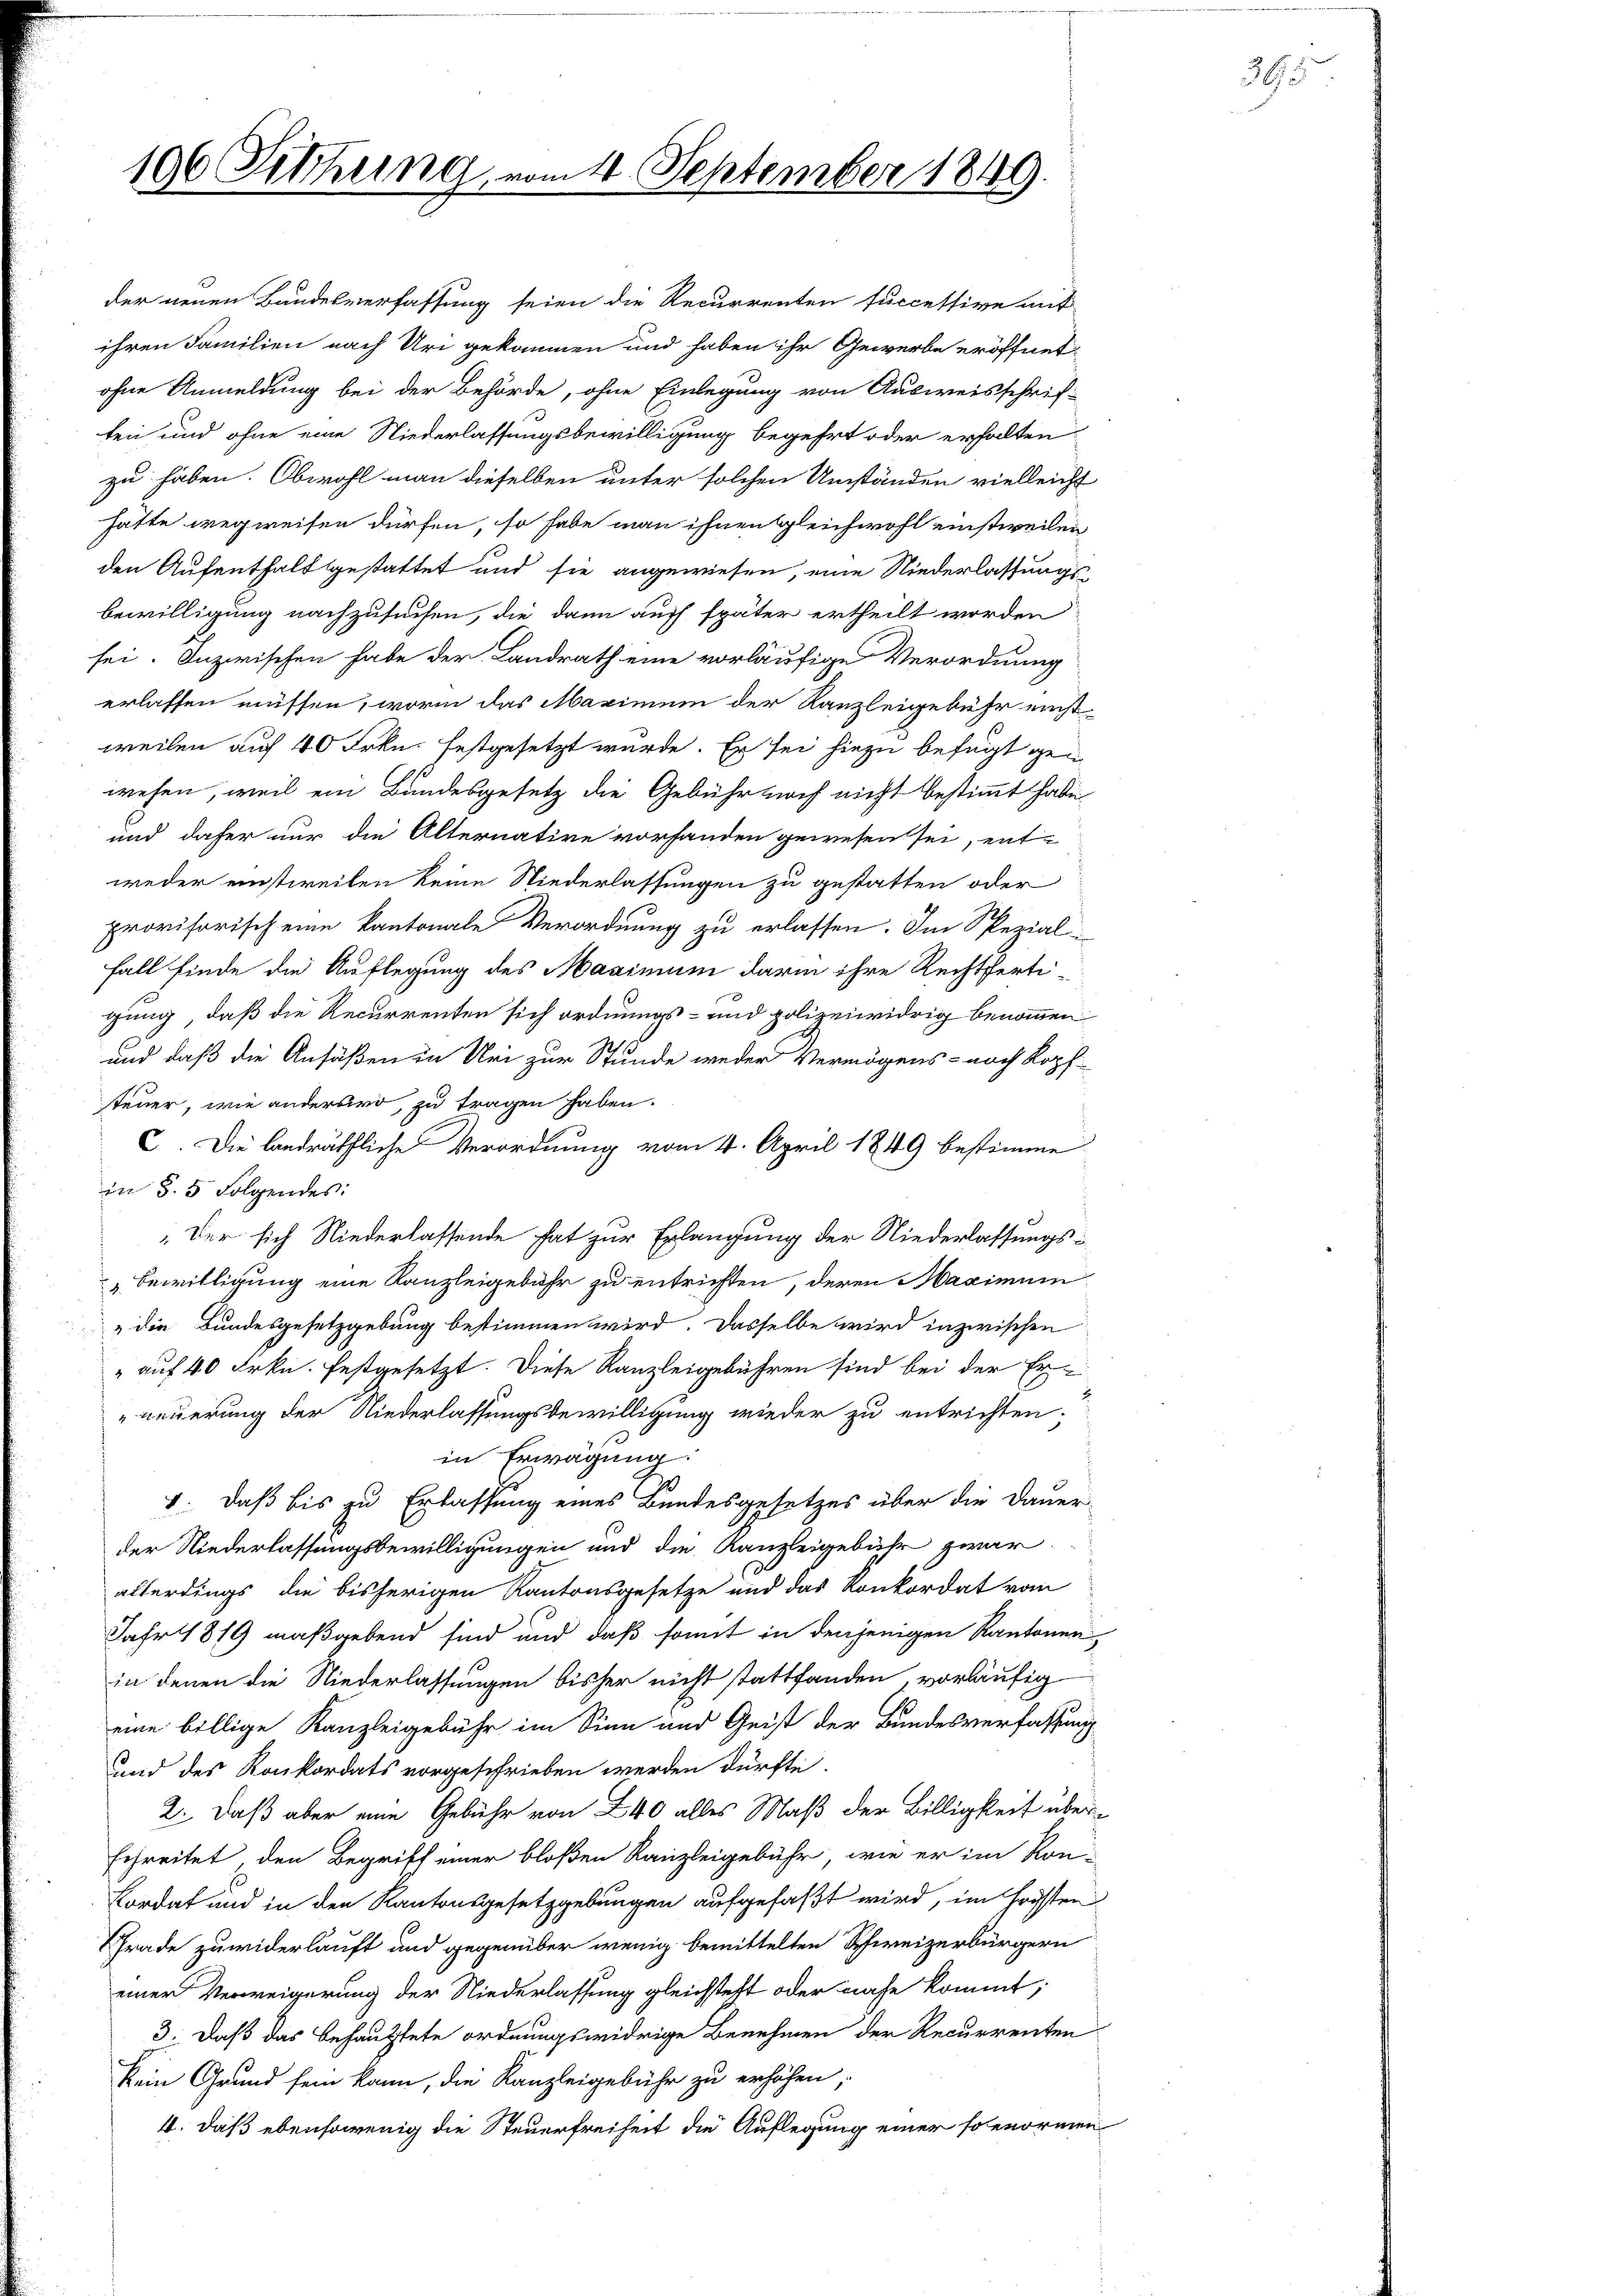
196 Fittung vom 14. September 1849.

der neuen Bundesverfassung seien die Recurrenten successive auf
ihren Familien nach Uri gekommen und haben ihr Gewerbe eröffnet,
ohne Anmeldung bei der Behörde, ohne Einlegung von Ausweisschrif-
ten und ohne eine Niederlassungsbewilligung begehrt oder erhalten
zu haben. Obwohl man dieselben unter solchen Umständen vielleicht
hatte wegweisen dürfen, so habe man ihnen gleichwohl einstweilen
den Aufenthalt gestattet und sie angewiesen, eine Niederlassungsbewilligung nachzusuchen, die dann auch später ertheilt worden
sei. Inzwischen habe der Landrath eine vorläufige Verordnung
erlassen müssen, worin das Maximum der Kanzleigebühr einstweilen auf 40 Frkn. festgesetzt wurde. Er sei hiezu befugt gen
wesen, weil ein Bundesgesetz die Gebühr noch nicht bestimmt habe
und daher nur die Alternative vorhanden gewesen sei, entweder einstweilen keine Niederlassungen zu gestatten oder
provisorisch eine kantonale Verordnung zu erlassen. Im Spezial-
Fall finde die Auflegung des Maximum darin ihre Rechtfertigung, daß die Recurrenten sich ordnungs- und polizeiwidrig benommen
und daß die Ansäßen in Uri zur Stunde weder Vermögens- noch Kopf-
steuer, wie anderswo, zu tragen haben.
C. Die landräthliche Verordnung vom 4. April 1849 bestimme
in §. 5. Folgendes:
Der sich Niederlassende hat zur Erlangung der Niederlassungs¬
Bewilligung eine Kanzleigebühr zu entrichten, deren Maximum
„die Bundesgesetzgebung bestimmen wird. Dasselbe wird inzwischen
" auf 40 Frkn. festgesetzt. Diese Kanzleigebühren sind bei der Erneuerung der Niederlassungsbewilligung wieder zu entrichten.
in Erwägung:
1. daß bis zu Erlassung eines Bundesgesetzes über die Dauer-
der Niederlassungsbewilligungen und die Kanzleigebühr zwar
allerdings die bisherigen Kantonsgesetze und das Konkordat vom
Jahr 1819 maßgebend sind und daß somit in denjenigen Kantonen
in denen die Niederlassungen bisher nicht stattfanden vorläufig
eine billige Kanzleigebühr im Sinn und Geist der Bundesverfassung
und des Konkordats vorgeschrieben werden dürfte.
2. Daß aber eine Gebühr von 240 alles Maß der Billigkeit überschreitet, den Begriff einer bloßen Kanzleigebühr, wie er im Kon-
Cordat und in den Kantonsgesetzgebungen aufgefaßt wird, im höchsten
Grade zuwiderlauft und gegenüber wenig bemittelten Schweizerbürgern
einer Verweigerung der Niederlassung gleichsteht oder nahe kommt,
3. Daß das behauptete ordnungswidrige Benehmen der Recurrenten-
kein Grund sein kann, die Kanzleigebühr zu erhöhen,
4. daß ebensowenig die Steuerfreiheit die Auflegung einer solenormen

26